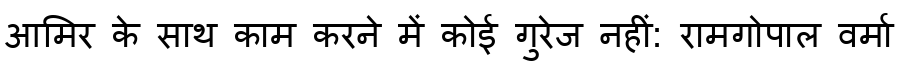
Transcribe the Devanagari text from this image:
आमिर के साथ काम करने में कोई गुरेज नहीं: रामगोपाल वर्मा